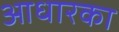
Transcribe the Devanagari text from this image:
आधारका